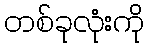
တစ်ခုလုံးကို